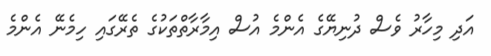
އަދި މިހާރު ވެސް ދުނިޔޭގެ އެންމެ އުސް އިމާރާތްތަކުގެ ތެރޭގައި ހިމެނޭ އެންމެ